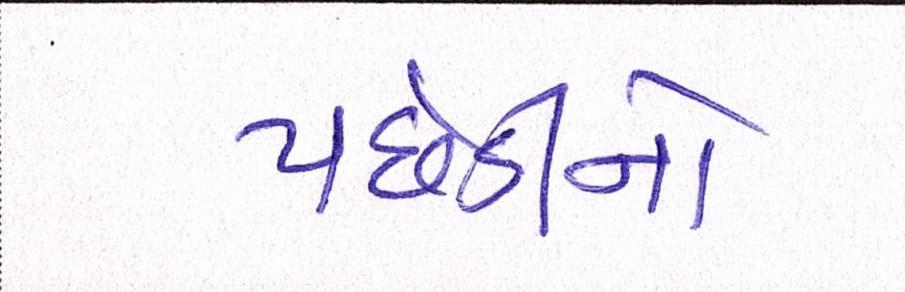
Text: પછેડીનો